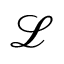
\mathcal { L }